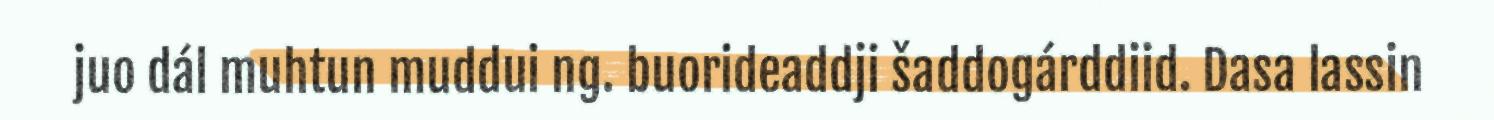
juo dál muhtun muddui ng. buorideaddji šaddogárddiid. Dasa lassin